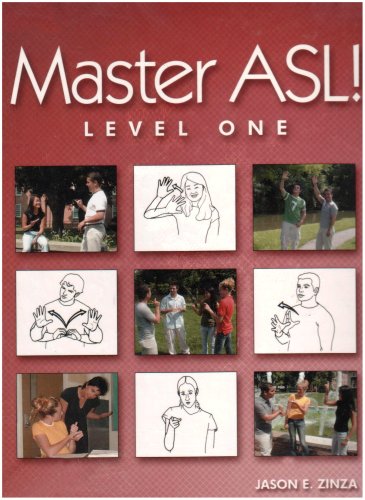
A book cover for Master ASL - Level One (with DVD); Jason E. Zinza; Teen & Young Adult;